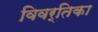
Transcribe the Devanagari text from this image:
विवर्तिका